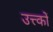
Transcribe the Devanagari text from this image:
उत्त्कों